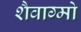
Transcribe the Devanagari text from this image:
शैवाग्मो